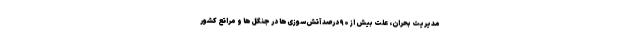
مدیریت بحران، علت بیش از ۹۰ درصد آتش‌سوزی‌ها در جنگل‌ها و مراتع کشور